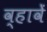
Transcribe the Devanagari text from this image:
व्हावें